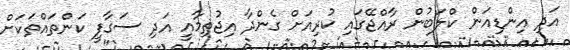
އަދި އިންޑިއަން ކްލަބުން ރާއްޖޭގައި ކުރިއަށް ގެންދާ އިޖުތިމާއީ އަދި ސަގާފީ ކަންތައްތަކަށް